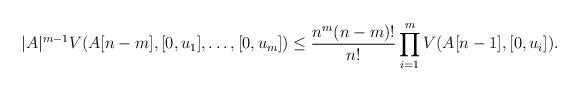
LaTeX: \begin{align*}|A|^{m-1}V(A[n-m],[0,u_1],\dots, [0,u_m])\le\frac{n^m(n-m)!}{n!}\prod_{i=1}^mV(A[n-1],[0,u_i]).\end{align*}